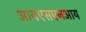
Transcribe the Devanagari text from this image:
आयएसएनआय